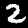
Label: 2